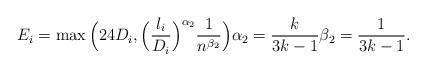
LaTeX: \begin{align*} E_{i}= \max\Big( 24 D_i, \Big(\frac{l_i}{D_{i}}\Big)^{\alpha_2} \frac{1}{n^{\beta_2}}\Big) \alpha_2 =\frac{k}{3k -1} \beta_2 =\frac{1}{3 k -1}.\end{align*}